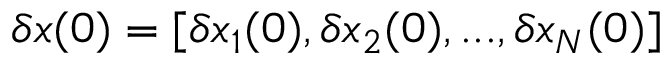
\delta \boldsymbol { x } ( 0 ) = [ \delta x _ { 1 } ( 0 ) , \delta x _ { 2 } ( 0 ) , . . . , \delta x _ { N } ( 0 ) ]